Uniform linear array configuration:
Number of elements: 24
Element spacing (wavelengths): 0.25
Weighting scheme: hamming
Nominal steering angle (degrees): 30
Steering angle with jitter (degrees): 31.127
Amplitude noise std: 0.05
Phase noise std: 0.05

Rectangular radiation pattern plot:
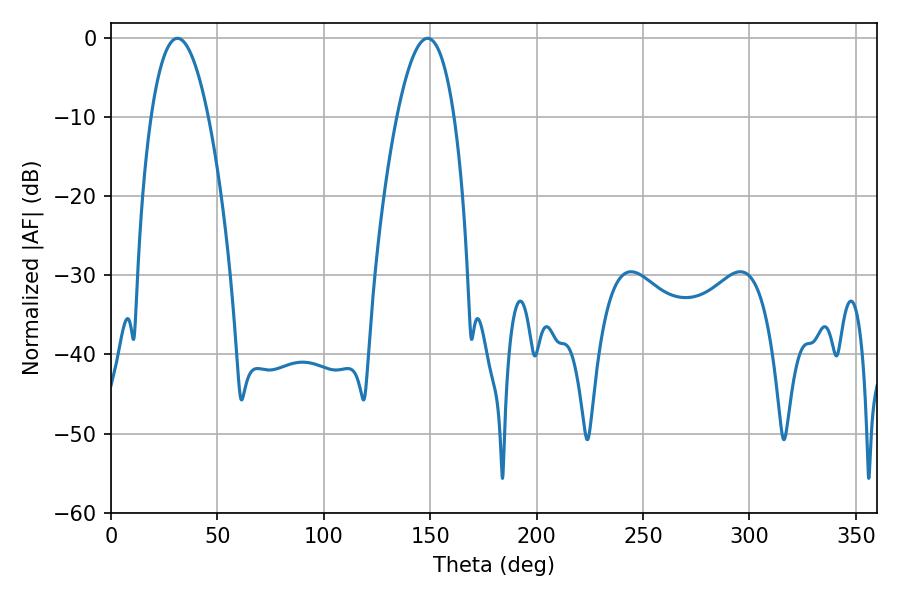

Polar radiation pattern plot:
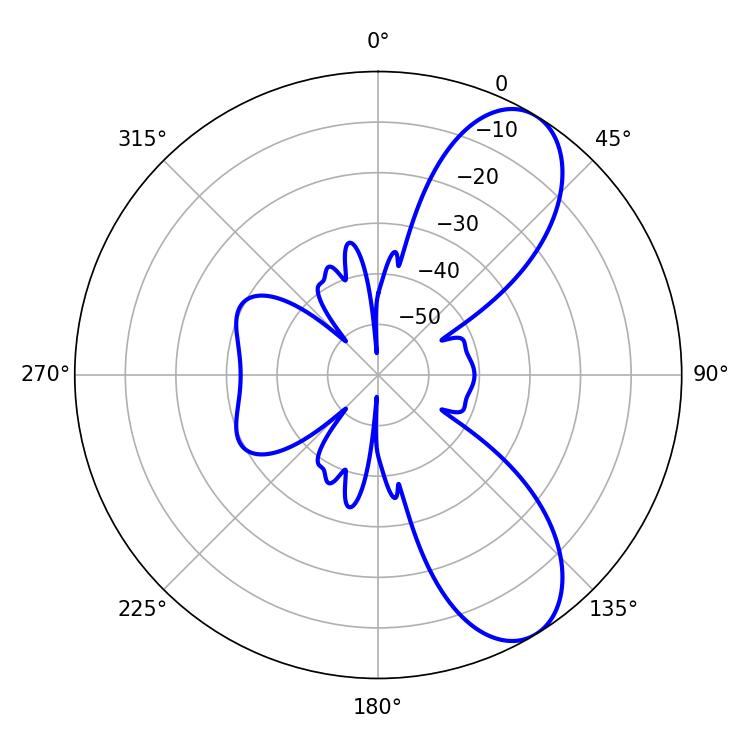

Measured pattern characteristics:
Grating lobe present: FALSE
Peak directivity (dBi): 8.384
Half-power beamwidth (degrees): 14.94
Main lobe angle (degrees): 31.14